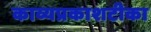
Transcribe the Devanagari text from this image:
काव्यप्रकाशटीका